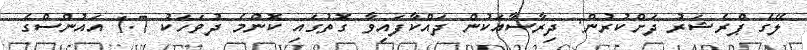
ލޭގެ ޕްރެޝަރު ދަށްކުރުން: ދިރާސާއަކުން ދައްކާފައިވާ ގޮތުގައި ކޮންމެ ދުވަހަކު 1.7 އައުންސްގެ